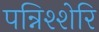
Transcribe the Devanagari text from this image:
पन्निश्शेरि